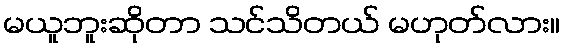
မယူဘူးဆိုတာ သင်သိတယ် မဟုတ်လား။